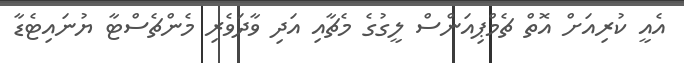
އެއީ ކުރިއަށް އޮތް ޗެމްޕިއަންސް ލީގުގެ މެޗާއި އަދި ވާދަވެރި މެންޗެސްޓާ ޔުނައިޓެޑާ